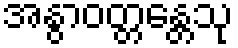
အနွာဝတ္တန္တေသု